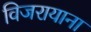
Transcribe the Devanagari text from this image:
विजरायाना